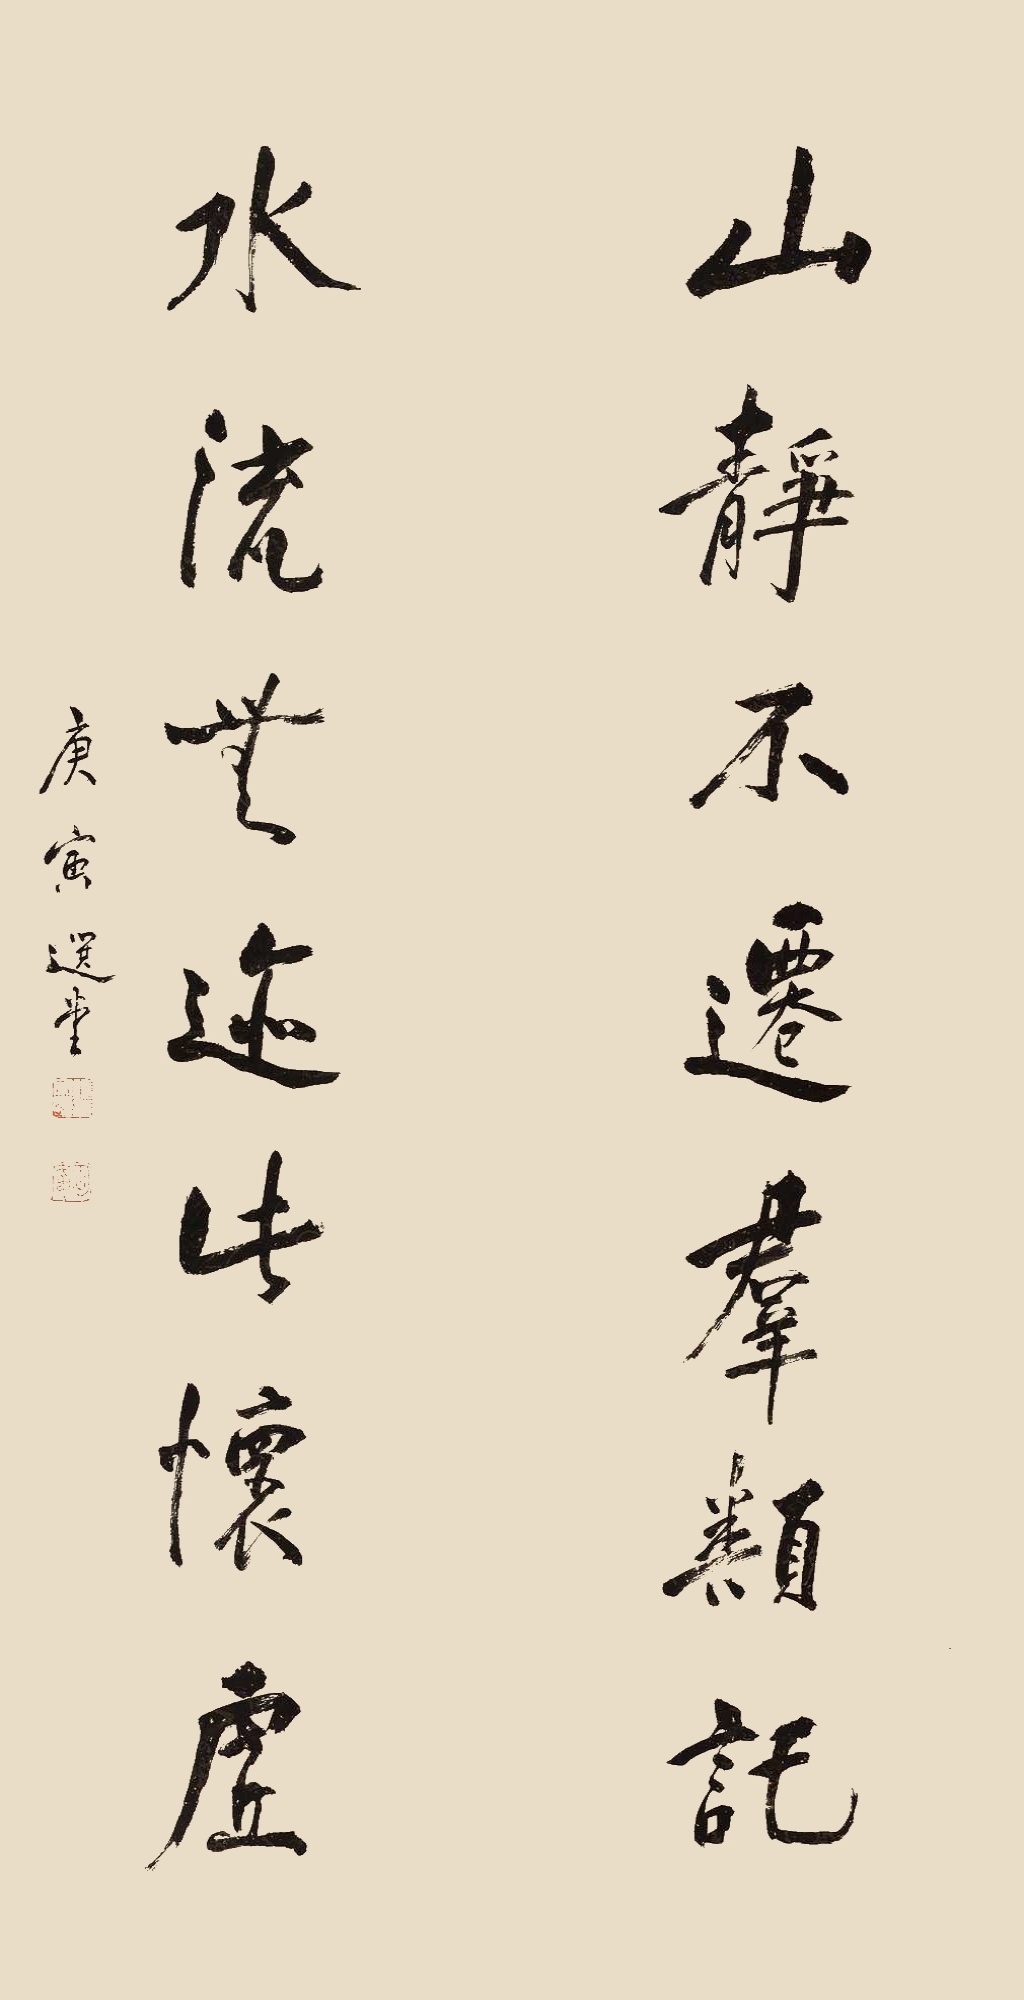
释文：山静不迁群类讬，水流无迹此怀虚。庚寅，选堂。